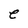
Character: e